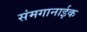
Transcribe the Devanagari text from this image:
संमगानाईक